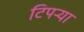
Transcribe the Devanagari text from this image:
टिपऱ्या